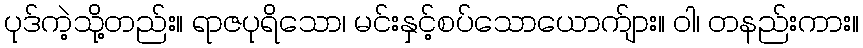
ပုဒ်ကဲ့သို့တည်း။ ရာဇပုရိသော၊ မင်းနှင့်စပ်သောယောက်ျား။ ဝါ၊ တနည်းကား။